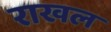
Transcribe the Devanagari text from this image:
राखल